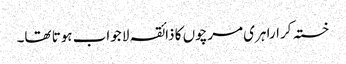
خستہ کرارا ہری مرچوں کا ذائقہ لا جواب ہوتا تھا۔